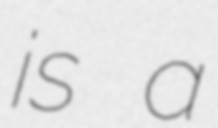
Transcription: is a